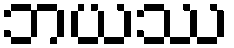
ဘယဿ